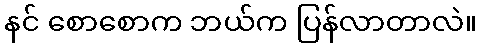
နင် စောစောက ဘယ်က ပြန်လာတာလဲ။